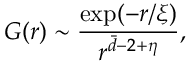
G ( r ) \sim \frac { \exp ( - r / \xi ) } { r ^ { \bar { d } - 2 + \eta } } ,